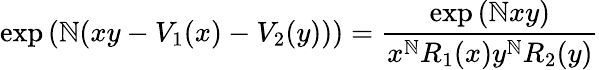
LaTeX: \exp\left(\mathbb{N}(xy-V_{1}(x)-V_{2}(y))\right)=\frac{{\exp\left(\mathbb{N}xy\right)}}{{x^{\mathbb{N}}R_{1}(x)y^{\mathbb{N}}R_{2}(y)}}